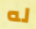
له